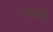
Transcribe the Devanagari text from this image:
संरेखी